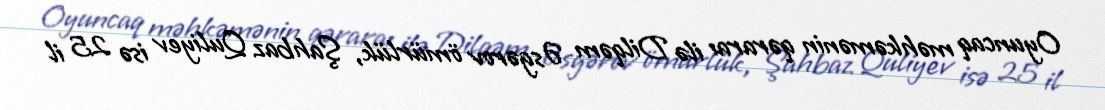
Oyuncaq məhkəmənin qəraraı ilə Dilqəm Əsgərov ömürlük, Şahbaz Quliyev isə 25 il